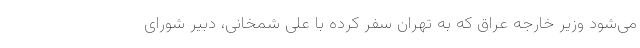
می‌شود وزیر خارجه عراق که به تهران سفر کرده با علی شمخانی، دبیر شورای